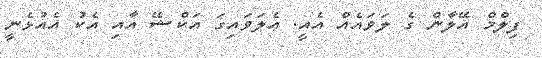
ފިލްމް އޭލާން ގެ ލަވައެއް އެއީ. ޢެލަވައިގަ އަކްޝޭ އާއި އެކު އެއުޅެނީ